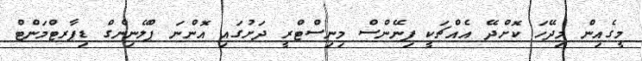
މީގެއިން މިދޭހަ ކޮށްދޭ އެއްޗަކީ ފިނޭންސް މިނިސްޓްރީ ދަށުގައި އޮންނަ ޕްލޭނިންގް ޑިޕާރޓްމަންޓް